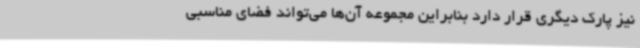
نیز پارک دیگری قرار دارد بنابراین مجموعه آن‌ها می‌تواند فضای مناسبی